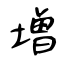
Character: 増